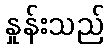
နှုန်းသည်